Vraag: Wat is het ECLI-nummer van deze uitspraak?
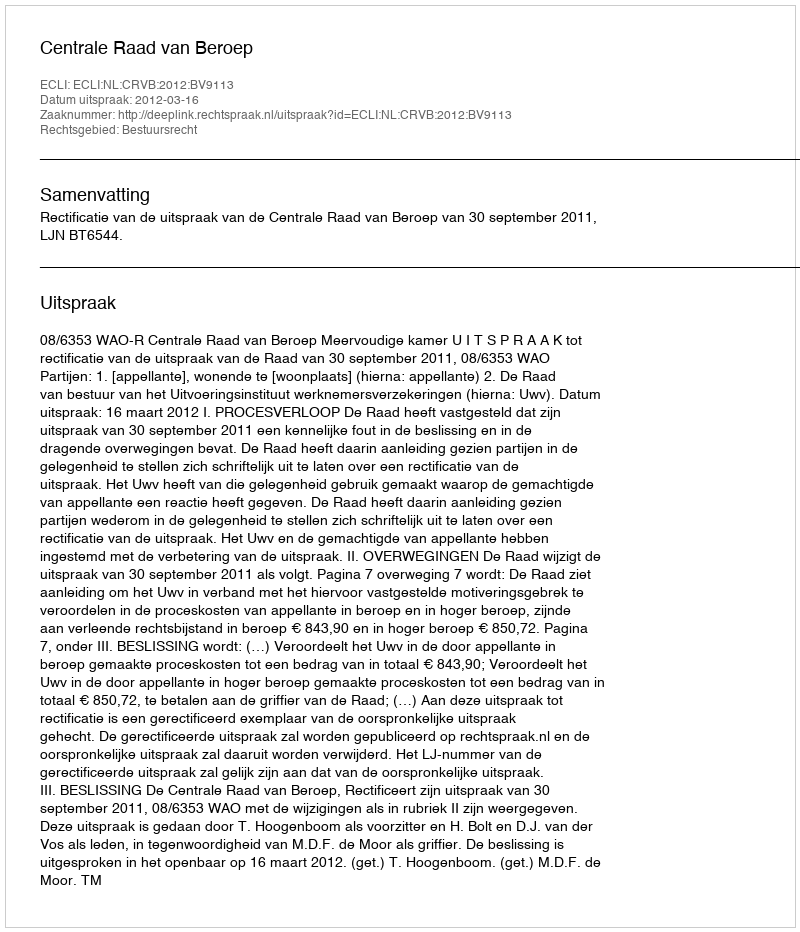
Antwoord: ECLI:NL:CRVB:2012:BV9113